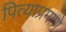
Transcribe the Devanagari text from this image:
पित्याप्रमाणे